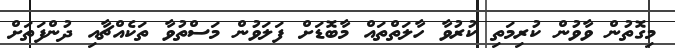
މިގޮތުން ވާވުން ކުރިމަތި ކުރުވާ ހާލަތްތައް މާބޮޑަށް ފަލަވުން މަސްތުވާ ތަކެއްޗާއި ދުންފަތަށް